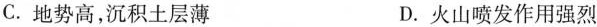
C.地势高，沉积土层薄 D.火山喷发作用强烈